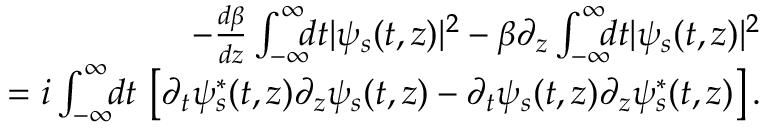
\begin{array} { r l r } & { } & { \! \! \! \! \! \! \! \! \! \! - \frac { d \beta } { d z } \int _ { - \infty } ^ { \infty } \! \! \! d t | \psi _ { s } ( t , z ) | ^ { 2 } - \beta \partial _ { z } \int _ { - \infty } ^ { \infty } \! \! \! d t | \psi _ { s } ( t , z ) | ^ { 2 } } \\ & { } & { = i \int _ { - \infty } ^ { \infty } \! \! d t \, \left[ \partial _ { t } \psi _ { s } ^ { * } ( t , z ) \partial _ { z } \psi _ { s } ( t , z ) - \partial _ { t } \psi _ { s } ( t , z ) \partial _ { z } \psi _ { s } ^ { * } ( t , z ) \right] . } \end{array}